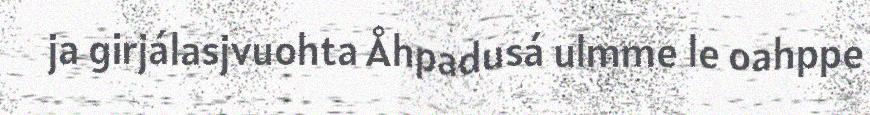
ja girjálasjvuohta Åhpadusá ulmme le oahppe